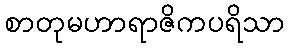
စာတုမဟာရာဇိကပရိသာ